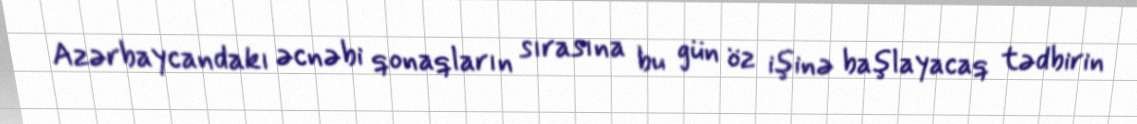
Azərbaycandakı əcnəbi qonaqların sırasına bu gün öz işinə başlayacaq tədbirin